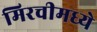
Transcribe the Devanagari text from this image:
मिरचीमध्ये